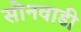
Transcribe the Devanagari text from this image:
सोनवाडी